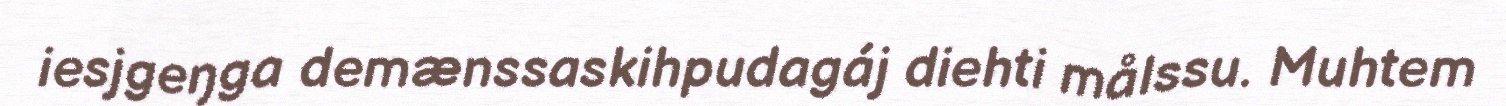
iesjgeŋga demænssaskihpudagáj diehti målssu. Muhtem